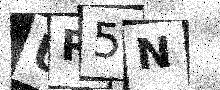
Text: UR5N